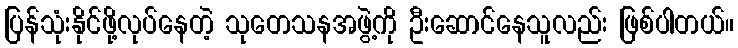
ပြန်သုံးနိုင်ဖို့လုပ်နေတဲ့ သုတေသနအဖွဲ့ကို ဦးဆောင်နေသူလည်း ဖြစ်ပါတယ်။